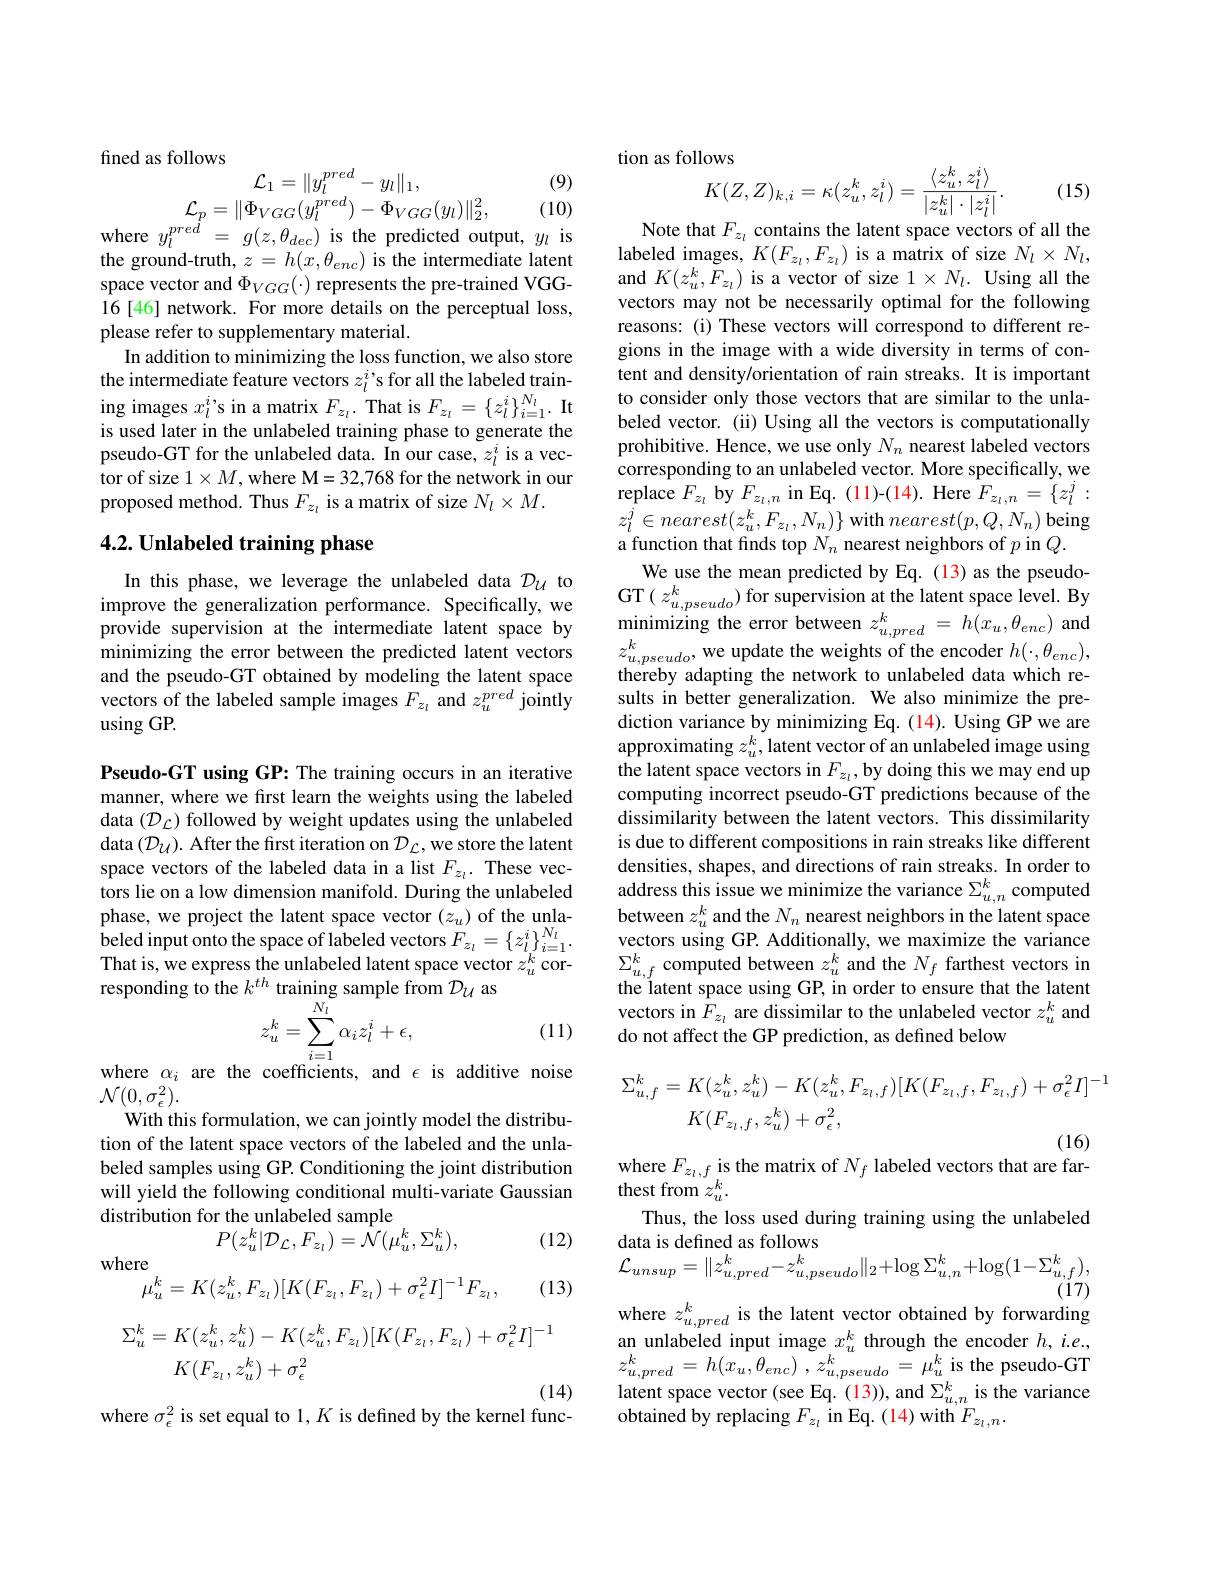
(9)

fined as follows
$$\mathrm{onows}\\\mathcal{L}_{1}=\|y_{l}^{pred}-y_{l}\|_{1},\\\mathcal{L}_{p}=\|\Phi_{VGG}(y_{l}^{pred})-\Phi_{VGG}(y_{l})\|_{2}^{2},$$
where $y_l^{pred}=g(z,\theta_{dec})$ is the predicted output, $y_l$ is

(10)

the ground-truth, $z=h(x,\theta_{enc})$ is the intermediate latent space vector and $\Phi_{VGG}(\cdot)$ represents the pre-trained VGG- 16[46] network. For more details on the perceptual loss, please refer to supplementary material.
In addition to minimizing the loss function, we also store the intermediate feature vectors $z_l^i’$s for all the labeled training images $x_l^{i}$s in a matrix $F_z_l.$ That is $F_z_l=\{z_l^{i}\}_{i=1}^{N_l}.$ It is used later in the unlabeled training phase to generate the pseudo-GT for the unlabeled data. In our case, $z_l^i$ is a vector of size $1\times M$,where M=32,768 for the network in our proposed method. Thus $F_{z_l}$ is a matrix of size $N_l\times M.$

## $4. 2. \textbf{Unlabeled training phase}$

In this phase, we leverage the unlabeled data $\mathcal{D}_{U}$ to improve the generalization performance. Specifically, we provide supervision at the intermediate latent space by minimizing the error between the predicted latent vectors and the pseudo-GT obtained by modeling the latent space vectors of the labeled sample images $F_{z_l}$ and $z_u^{pred}$ jointly using GP.

Pseudo-GT using GP: The training occurs in an iterative manner, where we first learn the weights using the labeled data $(\mathcal{D}_{\mathcal{L}})$ followed by weight updates using the unlabeled data $(\mathcal{D}_{\mathcal U}).$ After the first iteration on $\mathcal{D}_{\mathcal L}$,we store the latent space vectors of the labeled data in a list $F_z_l.$ These vectors lie on a low dimension manifold. During the unlabeled $\begin{array}{l}{\mathrm{phase,~we~project~the~latent~space~vector~(z_u)~of~the~unla-}}\\{\mathrm{beled~input~onto~the~space~of~labeled~vectors~}F_{z_l}=\left\{z_l^i\right\}_{i=1}^{N_l}.}\\{\mathrm{That~ic~wo~arrac~th~unlobald~latant~onca~vactor~}^k}\end{array}$ That is, we express the unlabeled latent space vector $z_{u}^{k}$ cor- responding to the $k^{th}$ training sample from $D_{\mathcal{U} }$ as
$$z_{u}^{k}=\sum_{i=1}^{N_{l}}\alpha_{i}z_{l}^{i}+\epsilon,$$
(11)

where $\alpha_i$ are the coefficients, and $\epsilon$ is additive noise
$\mathcal{N}(0,\sigma_{\epsilon}^2).$
With this formulation, we can jointly model the distribution of the latent space vectors of the labeled and the unlabeled samples using GP. Conditioning the joint distribution will yield the following conditional multi-variate Gaussian distribution for the unlabeled sample
$$P(z_{u}^{k}|\mathcal{D}_{\mathcal{L}},F_{z_{l}})=\mathcal{N}(\mu_{u}^{k},\Sigma_{u}^{k}),$$
(12)

where
$$\mu_u^k=K(z_u^k,F_{z_l})[K(F_{z_l},F_{z_l})+\sigma_\epsilon^2I]^{-1}F_{z_l},$$
(13)
$$\begin{aligned}\Sigma_{u}^{k}&=K(z_{u}^{k},z_{u}^{k})-K(z_{u}^{k},F_{z_{l}})[K(F_{z_{l}},F_{z_{l}})+\sigma_{\epsilon}^{2}I]^{-1}\\&K(F_{z_{l}},z_{u}^{k})+\sigma_{\epsilon}^{2}\end{aligned}$$
(14)
where $\sigma_\epsilon^{2}$ is set equal to 1, K is defined by the kernel func-

tion as follows
$$\begin{aligned}&\mathrm{lows}\\&K(Z,Z)_{k,i}=\kappa(z_{u}^{k},z_{l}^{i})=\frac{\langle z_{u}^{k},z_{l}^{i}\rangle}{|z_{u}^{k}|\cdot|z_{l}^{i}|}.\end{aligned}$$
(15)

Note that $F_z_l$ contains the latent space vectors of all the

labeled images, $K(F_{z_{l}},F_{z_{l}})$ is a matrix of size $N_l\times N_l$, and $K(z_u^k,\tilde{F}_{z_l})$ is a vector of size $1\times N_l.$ Using all the vectors may not be necessarily optimal for the following reasons: (i) These vectors will correspond to different regions in the image with a wide diversity in terms of content and density/orientation of rain streaks. It is important to consider only those vectors that are similar to the unlabeled vector. (ii) Using all the vectors is computationally prohibitive. Hence, we use only $N_n$ nearest labeled vectors corresponding to an unlabeled vector. More specifically, we replace $F_{z_l}$ by $F_{z_l,n}$ in Eq. (11)-(14). Here $F_z_l,n=\{z_l^j:$ $z_l^j\in nearest(z_u^k,F_{z_l},N_n)\}$ with $nearest(p,Q,N_n)$ being a function that finds top $N_n$ nearest neighbors of $p$ in $Q.$
We use the mean predicted by Eq. (13) as the pseudoGT$(z_u,pseudo)$ for supervision at the latent space level. By minimizing the error between $z_{u, pred}^{k}$ = $h( x_{u}, \theta _{enc})$ and $z_{u, pseudo}^{k}$,we update the weights of the encoder $h( \cdot , \theta _{enc}) $, thereby adapting the network to unlabeled data which results in better generalization. We also minimize the prediction variance by minimizing Eq. (14). Using GP we are approximating $z_u^k$,latent vector of an unlabeled image using the latent space vectors in $F_z_l$,by doing this we may end up computing incorrect pseudo-GT predictions because of the dissimilarity between the latent vectors. This dissimilarity is due to different compositions in rain streaks like different densities, shapes, and directions of rain streaks. In order to address this issue we minimize the variance $\Sigma_u,n^k$ computed between $z_u^k$ and the $N_n$ nearest neighbors in the latent space vectors using GP. Additionally, we maximize the variance $\sum_{u,f}^{k}$computed between $z_u^k$ and the $N_f$ farthest vectors in the latent space using GP, in order to ensure that the latent vectors in $F_{z_l}$ are dissimilar to the unlabeled vector $z_u^k$ and do not affect the GP prediction, as defined below
$$\begin{aligned}\Sigma_{u,f}^{k}&=K(z_{u}^{k},z_{u}^{k})-K(z_{u}^{k},F_{z_{l},f})[K(F_{z_{l},f},F_{z_{l},f})+\sigma_{\epsilon}^{2}I]^{-1}\\&K(F_{z_{l},f},z_{u}^{k})+\sigma_{\epsilon}^{2},\end{aligned}$$
where $F_{z_l,f}$ is the matrix of $N_f$ labeled vectors that are far-

thest from $z_u^k.$
Thus, the loss used during training using the unlabeled
data is defined as follows
$$\mathcal{L}_{unsup}=\|z_{u,pred}^{k}-z_{u,pseudo}^{k}\|_{2}+\log\Sigma_{u,n}^{k}+\log(1-\Sigma_{u,f}^{k}),$$
where $z_u,pred^k$ is the latent vector obtained by forwarding

an unlabeled input image $x_u^k$ through the encoder $h,i.e.$, $z_{u, pred}^{k}= h( x_{u}, \theta _{enc})$ $, z_{u, pseudo}^{k}= \mu _{u}^{k}$is the pseudo-GT latent space vector (see Eq. (13)), and $\Sigma_u,n^k$ is the variance obtained by replacing $F_z_{\iota}$ in Eq. (14) with $F_z_{\iota,n}.$